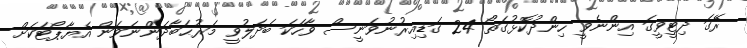
ރޭގަ ދިޓީވީގަ އިންނެވީ ހިންދުކޮޅުގަތޯ 24 ގަޑިއިރުނުވަނީސް ވާހަކަ ބަދަލުވީ މަރުޙަބާދަންނަވަން އެޔާޕޯޓަކަށް